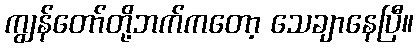
ကျွန်တော်တို့ဘက်ကတော့ သေချာနေပြီ။